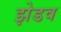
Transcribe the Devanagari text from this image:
झेडव